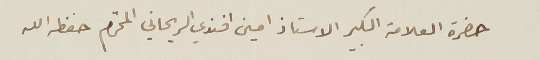
حضرة العلامة الكبير الاستاذ امين افندي الريحاني المحترم حفظه الله